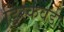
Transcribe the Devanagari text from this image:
डिस्कवर्ड